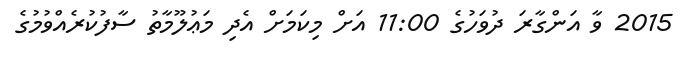
2015 ވާ އަންގާރަ ދުވަހުގެ 11:00 އަށް މިކަމަށް އެދި މަޢުލޫމާތު ސާފުކުރެއްވުމުގެ